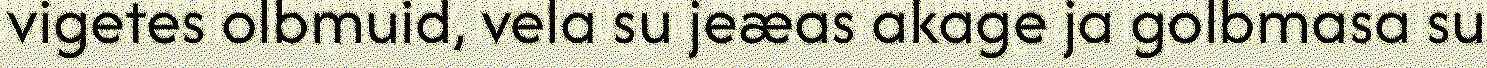
vigetes olbmuid, vela su jeæas akage ja golbmasa su